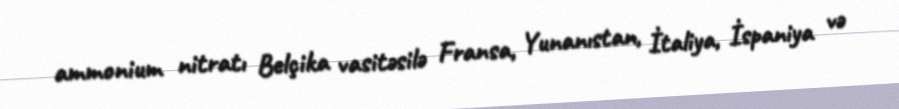
ammonium nitratı Belçika vasitəsilə Fransa, Yunanıstan, İtaliya, İspaniya və